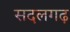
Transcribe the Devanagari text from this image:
सदलगढ़